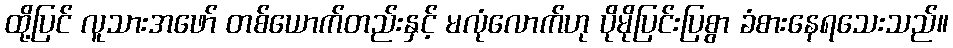
ထို့ပြင် လူသားအဖော် တစ်ယောက်တည်းနှင့် မလုံလောက်ဟု ပိုမိုပြင်းပြစွာ ခံစားနေရသေးသည်။